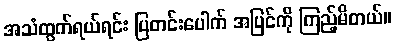
အသံထွက်ရယ်ရင်း ပြတင်းပေါက် အပြင်ကို ကြည့်မိတယ်။